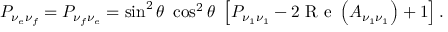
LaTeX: P _ { \nu _ { e } \nu _ { f } } = P _ { \nu _ { f } \nu _ { e } } = \sin ^ { 2 } \theta \ \cos ^ { 2 } \theta \ \left[ P _ { \nu _ { 1 } \nu _ { 1 } } - 2 \textrm { R e } \left( A _ { \nu _ { 1 } \nu _ { 1 } } \right) + 1 \right] .